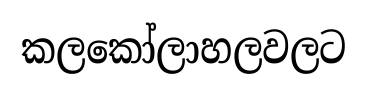
කලකෝලාහලවලට